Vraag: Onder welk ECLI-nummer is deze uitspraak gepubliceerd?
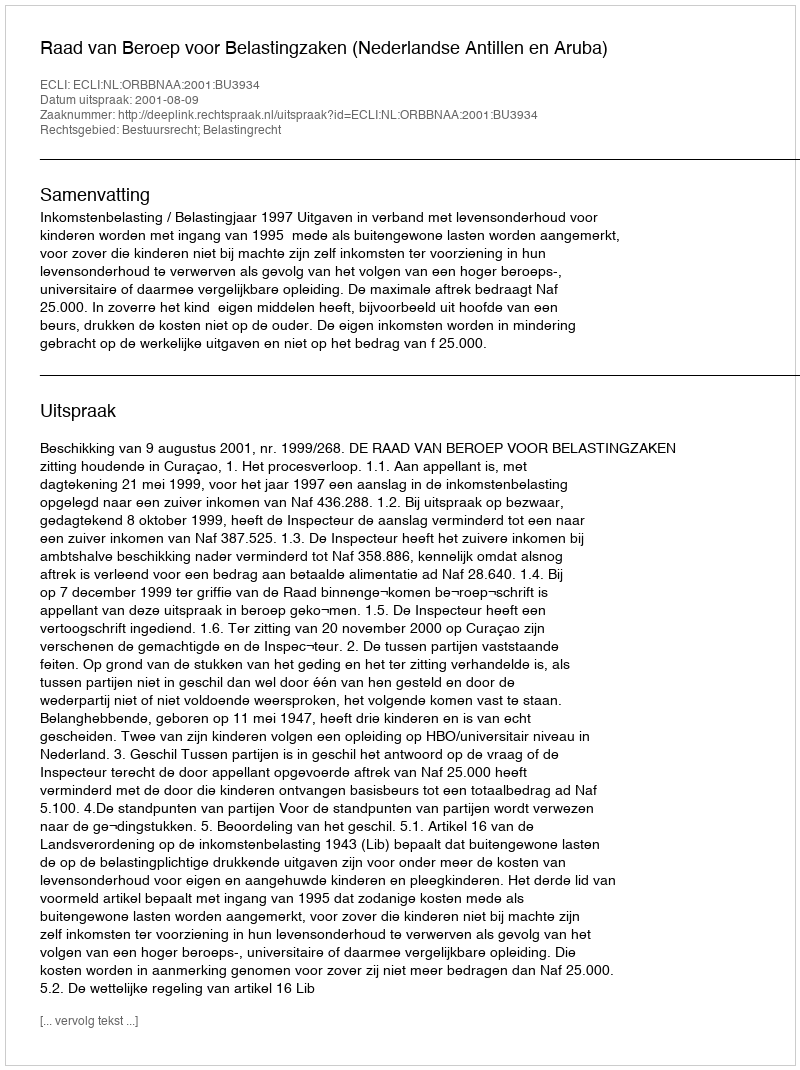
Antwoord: ECLI:NL:ORBBNAA:2001:BU3934